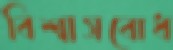
বিশ্বাসবোধ